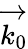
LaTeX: \overrightarrow{k_{0}}